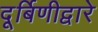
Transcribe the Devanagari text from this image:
दूर्बिणीद्वारे